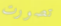
تصورت